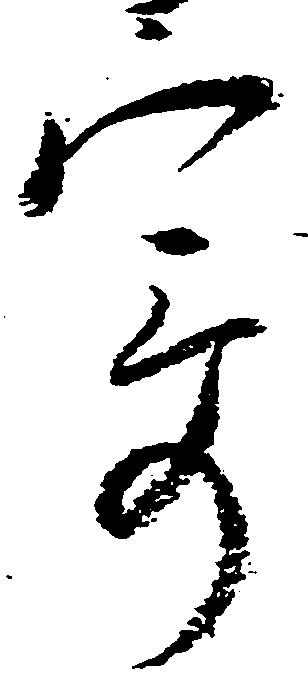
寄